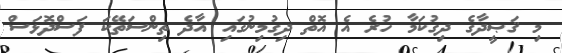
މި ޤަޞީދާގެ ދިގުކަމާ ހުރެ އެ އޮތް ދިގުމިނުގައި އާދެ ތިންސަތޭކަ ފަސްދޮޅަސް